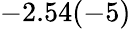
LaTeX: -2.54(-5)